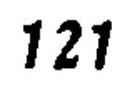
121